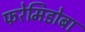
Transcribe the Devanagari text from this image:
फरेमिडोबा